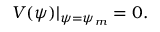
V ( \psi ) | _ { \psi = \psi _ { m } } = 0 .